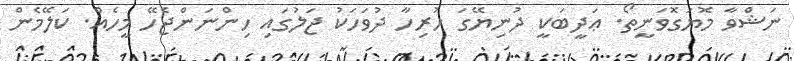
ނަޝްވާ މޮޔަގޮވަނީތޯ. ޢަދީބަކީ ދުނިޔޭގަ ހުރިހާ ދުވަހަކު ޖަލުގައި ހިންނަންޖެހޭ މީހެއް. ކަލޭމެން